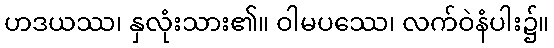
ဟဒယဿ၊ နှလုံးသား၏။ ဝါမပဿေ၊ လက်ဝဲနံပါး၌။